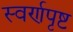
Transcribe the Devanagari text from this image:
स्वर्णपृष्ट